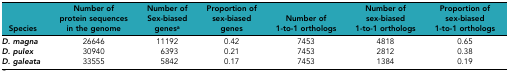
<table><thead><tr><td><b>Species</b></td><td><b>Number of protein sequences in the genome</b></td><td><b>Number of Sex-biased genes<i><sup>a</sup></i></b></td><td><b>Proportion of sex-biased genes</b></td><td><b>Number of 1-to-1 orthologs</b></td><td><b>Number of sex-biased 1-to-1 orthologs</b></td><td><b>Proportion of sex-biased 1-to-1 orthologs</b></td></tr></thead><tbody><tr><td><b><i>D. magna</i></b></td><td>26646</td><td>11192</td><td>0.42</td><td>7453</td><td>4818</td><td>0.65</td></tr><tr><td><b><i>D. pulex</i></b></td><td>30940</td><td>6393</td><td>0.21</td><td>7453</td><td>2812</td><td>0.38</td></tr><tr><td><b><i>D. galeata</i></b></td><td>33555</td><td>5842</td><td>0.17</td><td>7453</td><td>1384</td><td>0.19</td></tr></tbody></table>